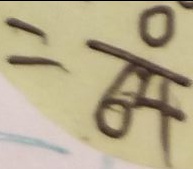
= \frac { 0 } { 6 4 }